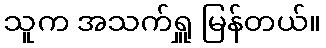
သူက အသက်ရှူ မြန်တယ်။